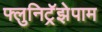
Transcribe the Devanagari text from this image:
फ्लुनिट्रॅझेपाम